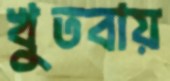
খুতবায়